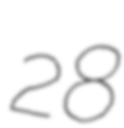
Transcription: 28